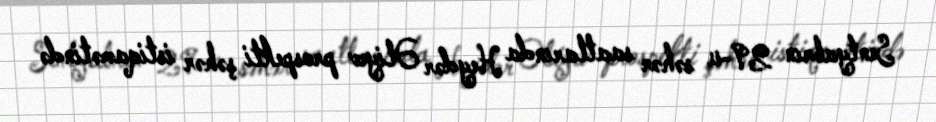
Sentyabrın 29-u səhər saatlarında Heydər Əliyev prospekti şəhər istiqamətində